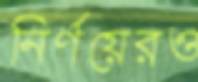
নির্ণয়েরও